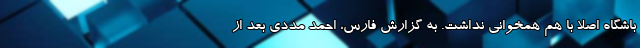
باشگاه اصلا با هم همخوانی نداشت. به گزارش فارس، احمد مددی بعد از